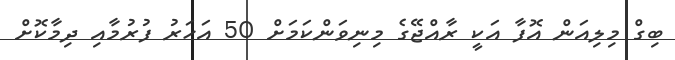
ބިގް މިލިއަން އޮފާ އަކީ ރާއްޖޭގެ މިނިވަންކަމަށް 50 އަހަރު ފުރުމާއި ދިމާކޮށް